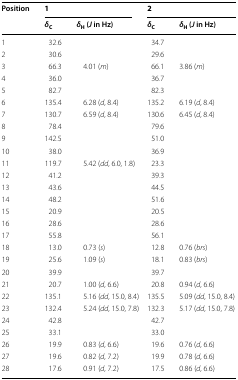
<table><thead><tr><td rowspan="2"><b>Position</b></td><td colspan="2"><b>1</b></td><td colspan="2"><b>2</b></td></tr><tr><td><b><i>δ</i><sub>C</sub></b></td><td><b><i>δ</i><sub>H</sub> (<i>J</i> in Hz)</b></td><td><b><i>δ</i><sub>C</sub></b></td><td><b><i>δ</i><sub>H</sub> (<i>J</i> in Hz)</b></td></tr></thead><tbody><tr><td>1</td><td>32.6</td><td></td><td>34.7</td><td></td></tr><tr><td>2</td><td>30.6</td><td></td><td>29.6</td><td></td></tr><tr><td>3</td><td>66.3</td><td>4.01 (<i>m</i>)</td><td>66.1</td><td>3.86 (<i>m</i>)</td></tr><tr><td>4</td><td>36.0</td><td></td><td>36.7</td><td></td></tr><tr><td>5</td><td>82.7</td><td></td><td>82.3</td><td></td></tr><tr><td>6</td><td>135.4</td><td>6.28 (<i>d</i>, 8.4)</td><td>135.2</td><td>6.19 (<i>d</i>, 8.4)</td></tr><tr><td>7</td><td>130.7</td><td>6.59 (<i>d</i>, 8.4)</td><td>130.6</td><td>6.45 (<i>d</i>, 8.4)</td></tr><tr><td>8</td><td>78.4</td><td></td><td>79.6</td><td></td></tr><tr><td>9</td><td>142.5</td><td></td><td>51.0</td><td></td></tr><tr><td>10</td><td>38.0</td><td></td><td>36.9</td><td></td></tr><tr><td>11</td><td>119.7</td><td>5.42 (<i>dd</i>, 6.0, 1.8)</td><td>23.3</td><td></td></tr><tr><td>12</td><td>41.2</td><td></td><td>39.3</td><td></td></tr><tr><td>13</td><td>43.6</td><td></td><td>44.5</td><td></td></tr><tr><td>14</td><td>48.2</td><td></td><td>51.6</td><td></td></tr><tr><td>15</td><td>20.9</td><td></td><td>20.5</td><td></td></tr><tr><td>16</td><td>28.6</td><td></td><td>28.6</td><td></td></tr><tr><td>17</td><td>55.8</td><td></td><td>56.1</td><td></td></tr><tr><td>18</td><td>13.0</td><td>0.73 (<i>s</i>)</td><td>12.8</td><td>0.76 (<i>brs</i>)</td></tr><tr><td>19</td><td>25.6</td><td>1.09 (<i>s</i>)</td><td>18.1</td><td>0.83 (<i>brs</i>)</td></tr><tr><td>20</td><td>39.9</td><td></td><td>39.7</td><td></td></tr><tr><td>21</td><td>20.7</td><td>1.00 (<i>d</i>, 6.6)</td><td>20.8</td><td>0.94 (<i>d</i>, 6.6)</td></tr><tr><td>22</td><td>135.1</td><td>5.16 (<i>dd</i>, 15.0, 8.4)</td><td>135.5</td><td>5.09 (<i>dd</i>, 15.0, 8.4)</td></tr><tr><td>23</td><td>132.4</td><td>5.24 (<i>dd</i>, 15.0, 7.8)</td><td>132.3</td><td>5.17 (<i>dd</i>, 15.0, 7.8)</td></tr><tr><td>24</td><td>42.8</td><td></td><td>42.7</td><td></td></tr><tr><td>25</td><td>33.1</td><td></td><td>33.0</td><td></td></tr><tr><td>26</td><td>19.9</td><td>0.83 (<i>d</i>, 6.6)</td><td>19.6</td><td>0.76 (<i>d</i>, 6.6)</td></tr><tr><td>27</td><td>19.6</td><td>0.82 (<i>d</i>, 7.2)</td><td>19.9</td><td>0.78 (<i>d</i>, 6.6)</td></tr><tr><td>28</td><td>17.6</td><td>0.91 (<i>d</i>, 7.2)</td><td>17.5</td><td>0.86 (<i>d</i>, 6.6)</td></tr></tbody></table>